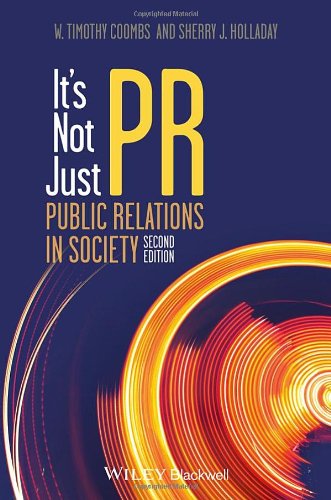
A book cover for It's Not Just PR: Public Relations in Society; W. Timothy Coombs; Business & Money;